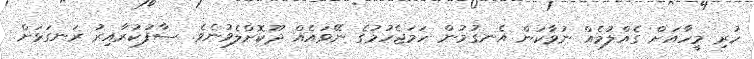
ހުރި މީހާއަށް ގެއްލުމެއް ނުވާކަން އެނގުމުން ހަމަޖެހުމުގެ ނޭވައެއް ދޫކޮށްލެވުނެވެ. ސާފުކުރާއިރު ރަނގަޅަށް